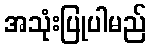
အသုံးပြုပါမည်